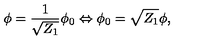
\phi = \frac { 1 } { \sqrt { Z _ { 1 } } } \phi _ { 0 } \Leftrightarrow \phi _ { 0 } = \sqrt { Z _ { 1 } } \phi ,